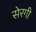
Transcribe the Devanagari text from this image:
सेरगी